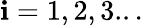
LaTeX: \mathbf{i}=1,2,3...